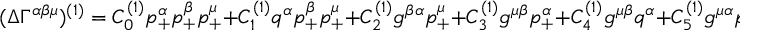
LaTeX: ( \Delta \Gamma ^ { \alpha \beta \mu } ) ^ { ( 1 ) } = C _ { 0 } ^ { ( 1 ) } p _ { + } ^ { \alpha } p _ { + } ^ { \beta } p _ { + } ^ { \mu } + C _ { 1 } ^ { ( 1 ) } q ^ { \alpha } p _ { + } ^ { \beta } p _ { + } ^ { \mu } + C _ { 2 } ^ { ( 1 ) } g ^ { \beta \alpha } p _ { + } ^ { \mu } + C _ { 3 } ^ { ( 1 ) } g ^ { \mu \beta } p _ { + } ^ { \alpha } + C _ { 4 } ^ { ( 1 ) } g ^ { \mu \beta } q ^ { \alpha } + C _ { 5 } ^ { ( 1 ) } g ^ { \mu \alpha } p _ { + } ^ { \beta } ,